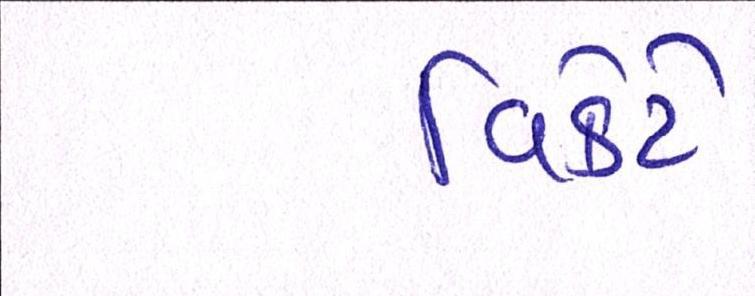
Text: વિકેટે